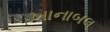
ખાનાબલ